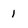
Character: l